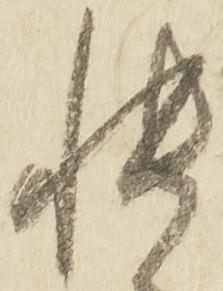
帳